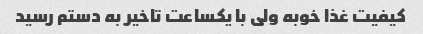
کیفیت غذا خوبه ولی با یکساعت تاخیر به دستم رسید